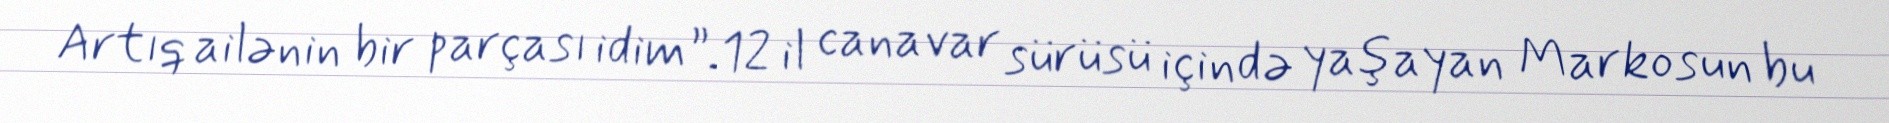
Artıq ailənin bir parçası idim”.12 il canavar sürüsü içində yaşayan Markosun bu